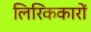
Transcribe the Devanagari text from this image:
लिरिककारों